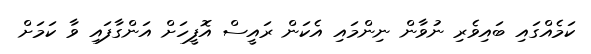
ކަމެއްގައި ބައިވެރި ނުވާން ނިންމައި އެކަން ރައީސް އޮފީހަށް އަންގާފައި ވާ ކަމަށް